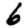
Digit: 6